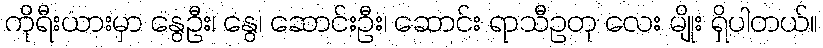
ကိုရီးယားမှာ နွေဦး၊ နွေ၊ ဆောင်းဦး၊ ဆောင်း ရာသီဥတု လေး မျိုး ရှိပါတယ်။